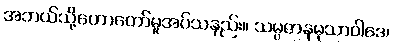
အဘယ်သို့ဟောတော်မူအပ်သနည်း။ သမ္ပဇာနမုသာဝါဒေ၊